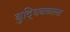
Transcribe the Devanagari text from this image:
बुद्धिबळाला